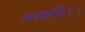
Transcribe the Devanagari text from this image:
आनकी।।